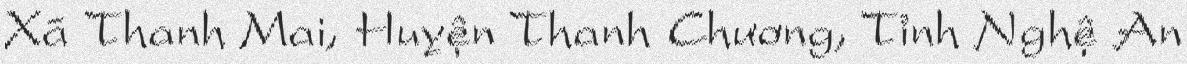
Xã Thanh Mai, Huyện Thanh Chương, Tỉnh Nghệ An